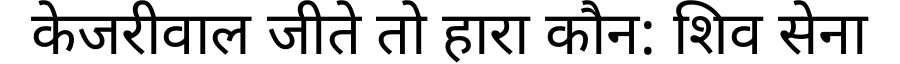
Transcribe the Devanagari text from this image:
केजरीवाल जीते तो हारा कौन: शिव सेना